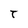
Character: T